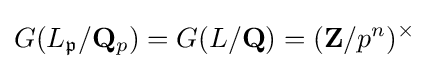
G(L_{\mathfrak {p}}/\mathbf {Q} _{p})=G(L/\mathbf {Q} )=(\mathbf {Z} /p^{n})^{\times }